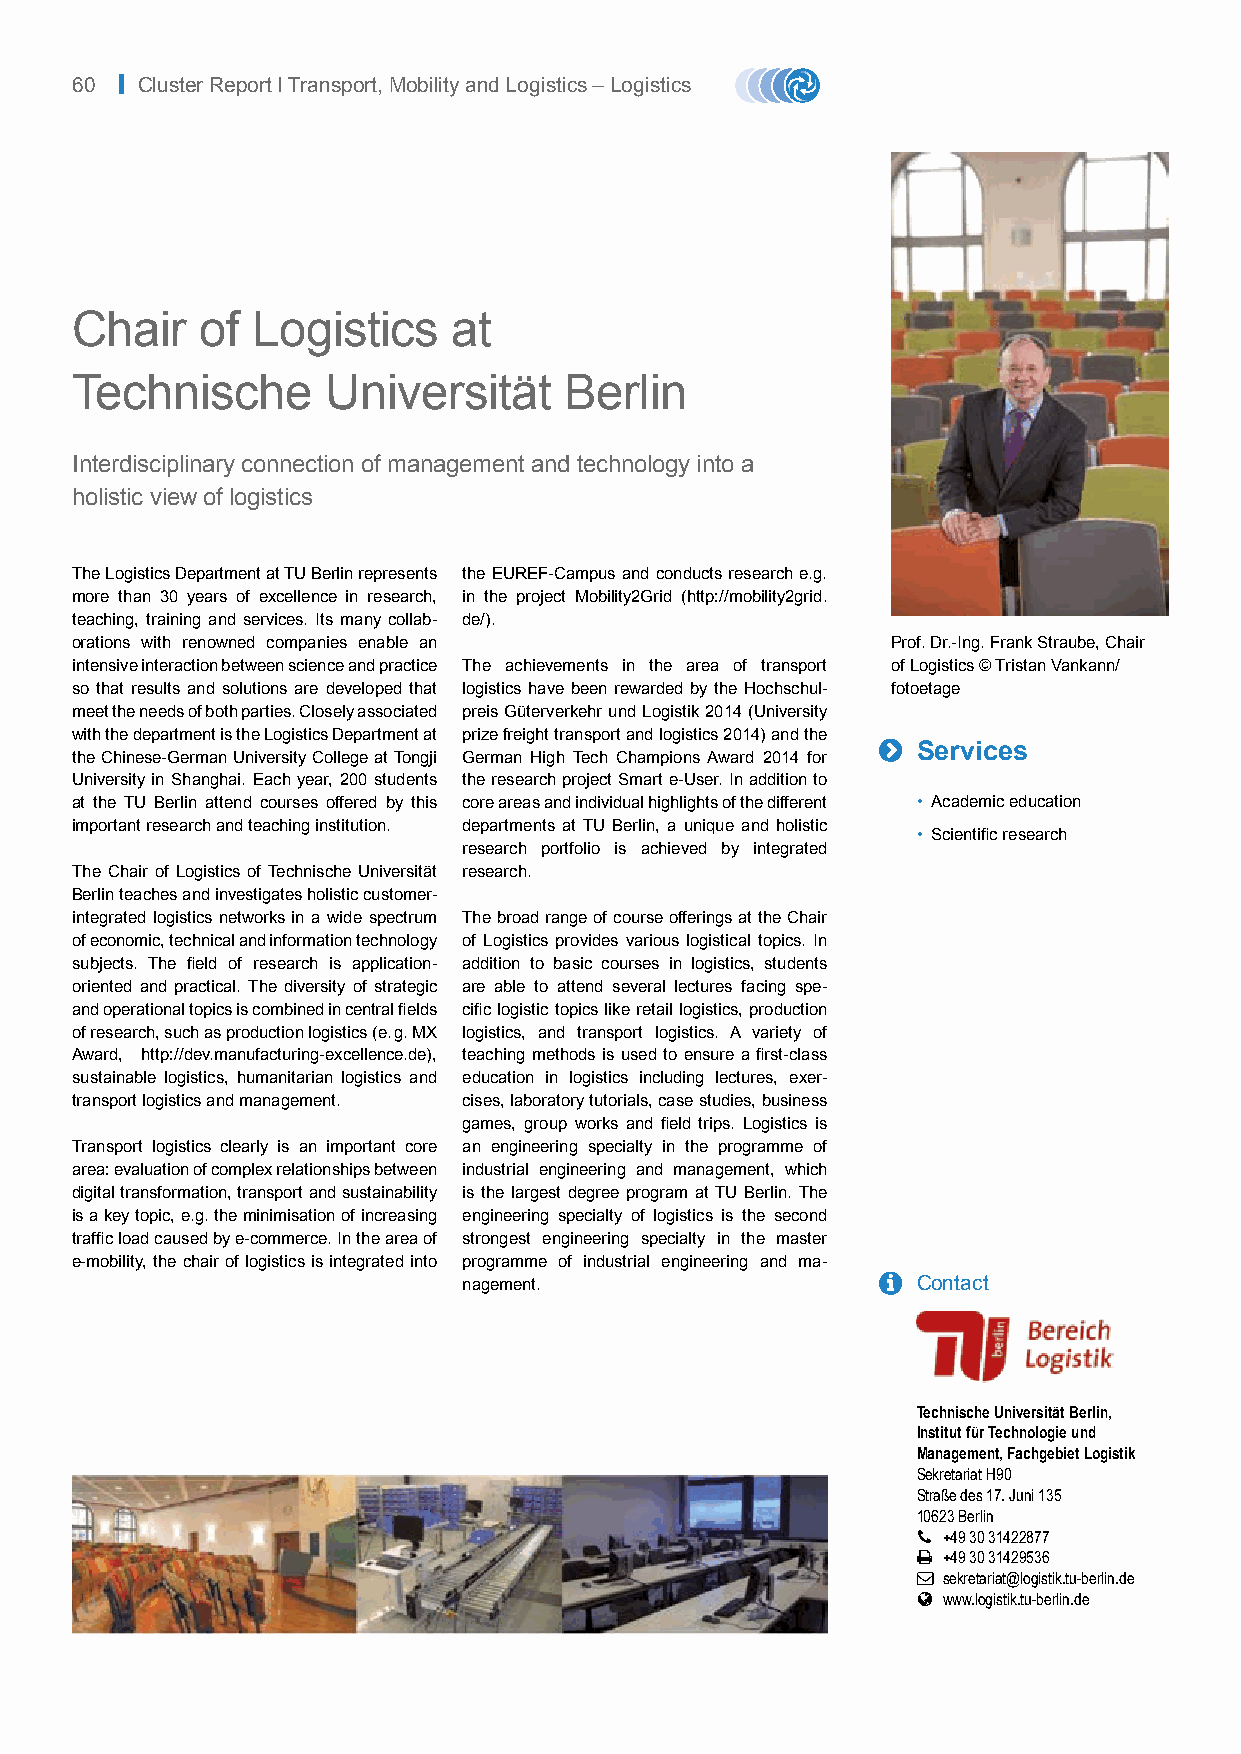
60 | Cluster Report I Transport, Mobility and Logistics – Logistics
 Chair   of  Logistics    at
 Technische       Universität    Berlin
 Interdisciplinary connection of management and technology into a
 holistic view of logistics
 The Logistics Department at TU Berlin represents the EUREF-Campus and conducts research e.g.
 more than 30 years of excellence in research, in the project Mobility2Grid (http://mobility2grid.
 teaching, training and services. Its many collab- de/).
 orations with renowned companies enable an            Prof. Dr.-Ing. Frank Straube, Chair
 intensive interaction between science and practice The achievements in the area of transport of Logistics © Tristan Vankann/
 so that results and solutions are developed that logistics have been rewarded by the Hochschul- fotoetage
 meet the needs of both parties. Closely associated preis Güterverkehr und Logistik 2014 (University
 with the department is the Logistics Department at prize freight transport and logistics 2014) and the
 
 Services
 the Chinese-German University College at Tongji German High Tech Champions Award 2014 for
 University in Shanghai. Each year, 200 students the research project Smart e-User. In addition to
 at the TU Berlin attend courses offered by this core areas and individual highlights of the different • Academic education
 important research and teaching institution. departments at TU Berlin, a unique and holistic
 • Scientific research
 research portfolio is achieved by integrated
 The Chair of Logistics of Technische Universität research.
 Berlin teaches and investigates holistic customer-
 integrated logistics networks in a wide spectrum The broad range of course offerings at the Chair
 of economic, technical and information technology of Logistics provides various logistical topics. In
 subjects. The field of research is application- addition to basic courses in logistics, students
 oriented and practical. The diversity of strategic are able to attend several lectures facing spe-
 and operational topics is combined in central fields cific logistic topics like retail logistics, production
 of research, such as production logistics (e. g. MX logistics, and transport logistics. A variety of
 Award, http://dev.manufacturing-excellence.de), teaching methods is used to ensure a first-class
 sustainable logistics, humanitarian logistics and education in logistics including lectures, exer-
 transport logistics and management. cises, laboratory tutorials, case studies, business
 games, group works and field trips. Logistics is
 Transport logistics clearly is an important core an engineering specialty in the programme of
 area: evaluation of complex relationships between industrial engineering and management, which
 digital transformation, transport and sustainability is the largest degree program at TU Berlin. The
 is a key topic, e.g. the minimisation of increasing engineering specialty of logistics is the second
 traffic load caused by e-commerce. In the area of strongest engineering specialty in the master
 e-mobility, the chair of logistics is integrated into programme of industrial engineering and ma-
 nagement.                    Contact
 Technische Universität Berlin,
 Institut für Technologie und
 Management, Fachgebiet Logistik
 Sekretariat H90
 Straße des 17. Juni 135
 10623 Berlin
  +49 30 31422877
  +49 30 31429536
  sekretariat@logistik.tu-berlin.de
  www.logistik.tu-berlin.de